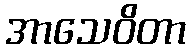
အာသေဝိတာ